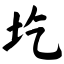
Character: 圪